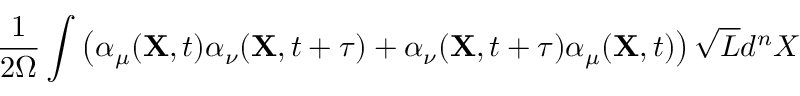
\frac { 1 } { 2 \Omega } \int \left( \alpha _ { \mu } ( { \bf X } , t ) \alpha _ { \nu } ( { \bf X } , t + \tau ) + \alpha _ { \nu } ( { \bf X } , t + \tau ) \alpha _ { \mu } ( { \bf X } , t ) \right) \sqrt { L } d ^ { n } X